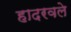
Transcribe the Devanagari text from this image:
हादरवले